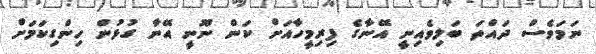
ނަމަވެސް ދައްތަ ބަލިވެއިނީ އޭނާގެ ފިރިމީހާއަށް ކަން ނޫނީ އޭނާ ގުޅުން ހިންގިކަމަށް